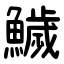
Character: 鱥